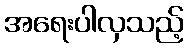
အရေးပါလှသည့်